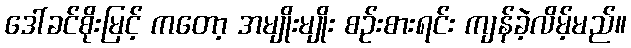
ဒေါ်ခင်စိုးမြင့် ကတော့ အမျိုးမျိုး စဉ်းစားရင်း ကျန်ခဲ့လိမ့်မည်။